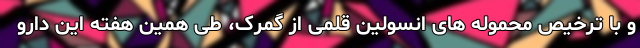
و با ترخیص محموله های انسولین قلمی از گمرک، طی همین هفته این دارو